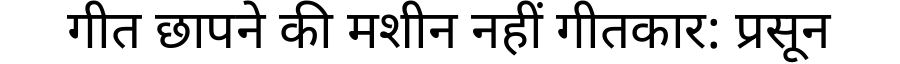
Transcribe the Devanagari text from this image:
गीत छापने की मशीन नहीं गीतकार: प्रसून